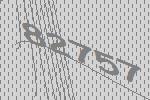
82757